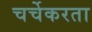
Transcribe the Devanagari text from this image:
चर्चेकरता